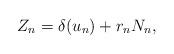
LaTeX: \begin{align*} Z_n = \delta(u_n) + r_n N_n, \end{align*}